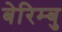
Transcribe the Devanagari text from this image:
बेरिम्बु